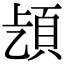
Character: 𩑨